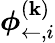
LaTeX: {\boldsymbol{\phi}_{\leftarrow,i}^{(\mathbf{k})}}